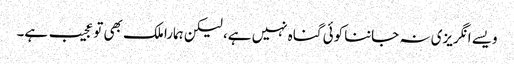
ویسے انگریزی نہ جاننا کوئی گناہ نہیں ہے، لیکن ہمارا ملک بھی تو عجیب ہے۔